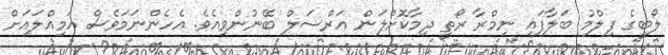
ލޯބީގެ ފިލްމު ބަލާފައި ނިމްރާ ރޯތީ ދިމާކޮށްލަން އަރްސަލް ބޭނުންވިއެވެ. އެހެންނަމަވެސް އަމިއްލައަށް